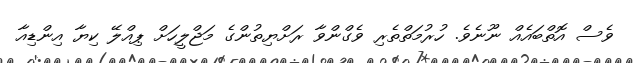
ވެސް އޮތްބައެއް ނޫނެވެ. ހުރުމަތްތެރި ވެގްންވާ ރަށްޔިތުންގެ މަޖްލީހަށް ޕިއްލޭ ކިޔާ އިންޑިއާ